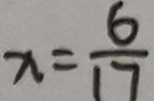
x = \frac { 6 } { 1 7 }